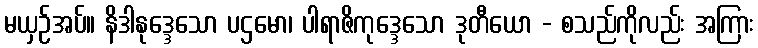
မယှဉ်အပ်။ နိဒါနုဒ္ဒေသော ပဌမော၊ ပါရာဇိကုဒ္ဒေသော ဒုတီယော - စသည်ကိုလည်း အကြား